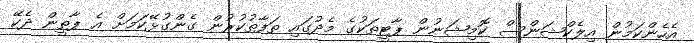
އެހެންކަމުން އިލެކްޝަންސް ކޮމިޝަނުން ޕާޓީތަކުގެ މެދުގައި ތަފާތުކުރުން ގެންގުޅޭކަމަށް އެ ޕާތީން ދެކޭ